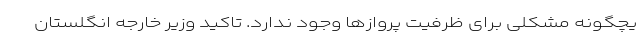
یچگونه مشکلی برای ظرفیت پروازها وجود ندارد. تاکید وزیر خارجه انگلستان